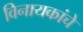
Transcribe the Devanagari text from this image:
विनायकांचे